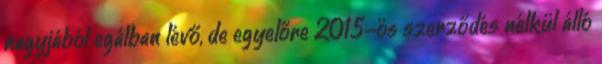
nagyjából egálban lévő, de egyelőre 2015-ös szerződés nélkül álló